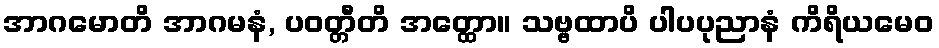
အာဂမောတိ အာဂမနံ, ပဝတ္တီတိ အတ္ထော။ သဗ္ဗထာပိ ပါပပုညာနံ ကိရိယမေဝ